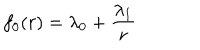
f _ { 0 } ( r ) = \lambda _ { 0 } + { \frac { \lambda _ { 1 } } { r } }